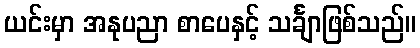
ယင်းမှာ အနုပညာ စာပေနှင့် သင်္ချာဖြစ်သည်။